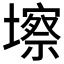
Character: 𱘑